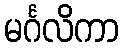
မင်္ဂလိကာ